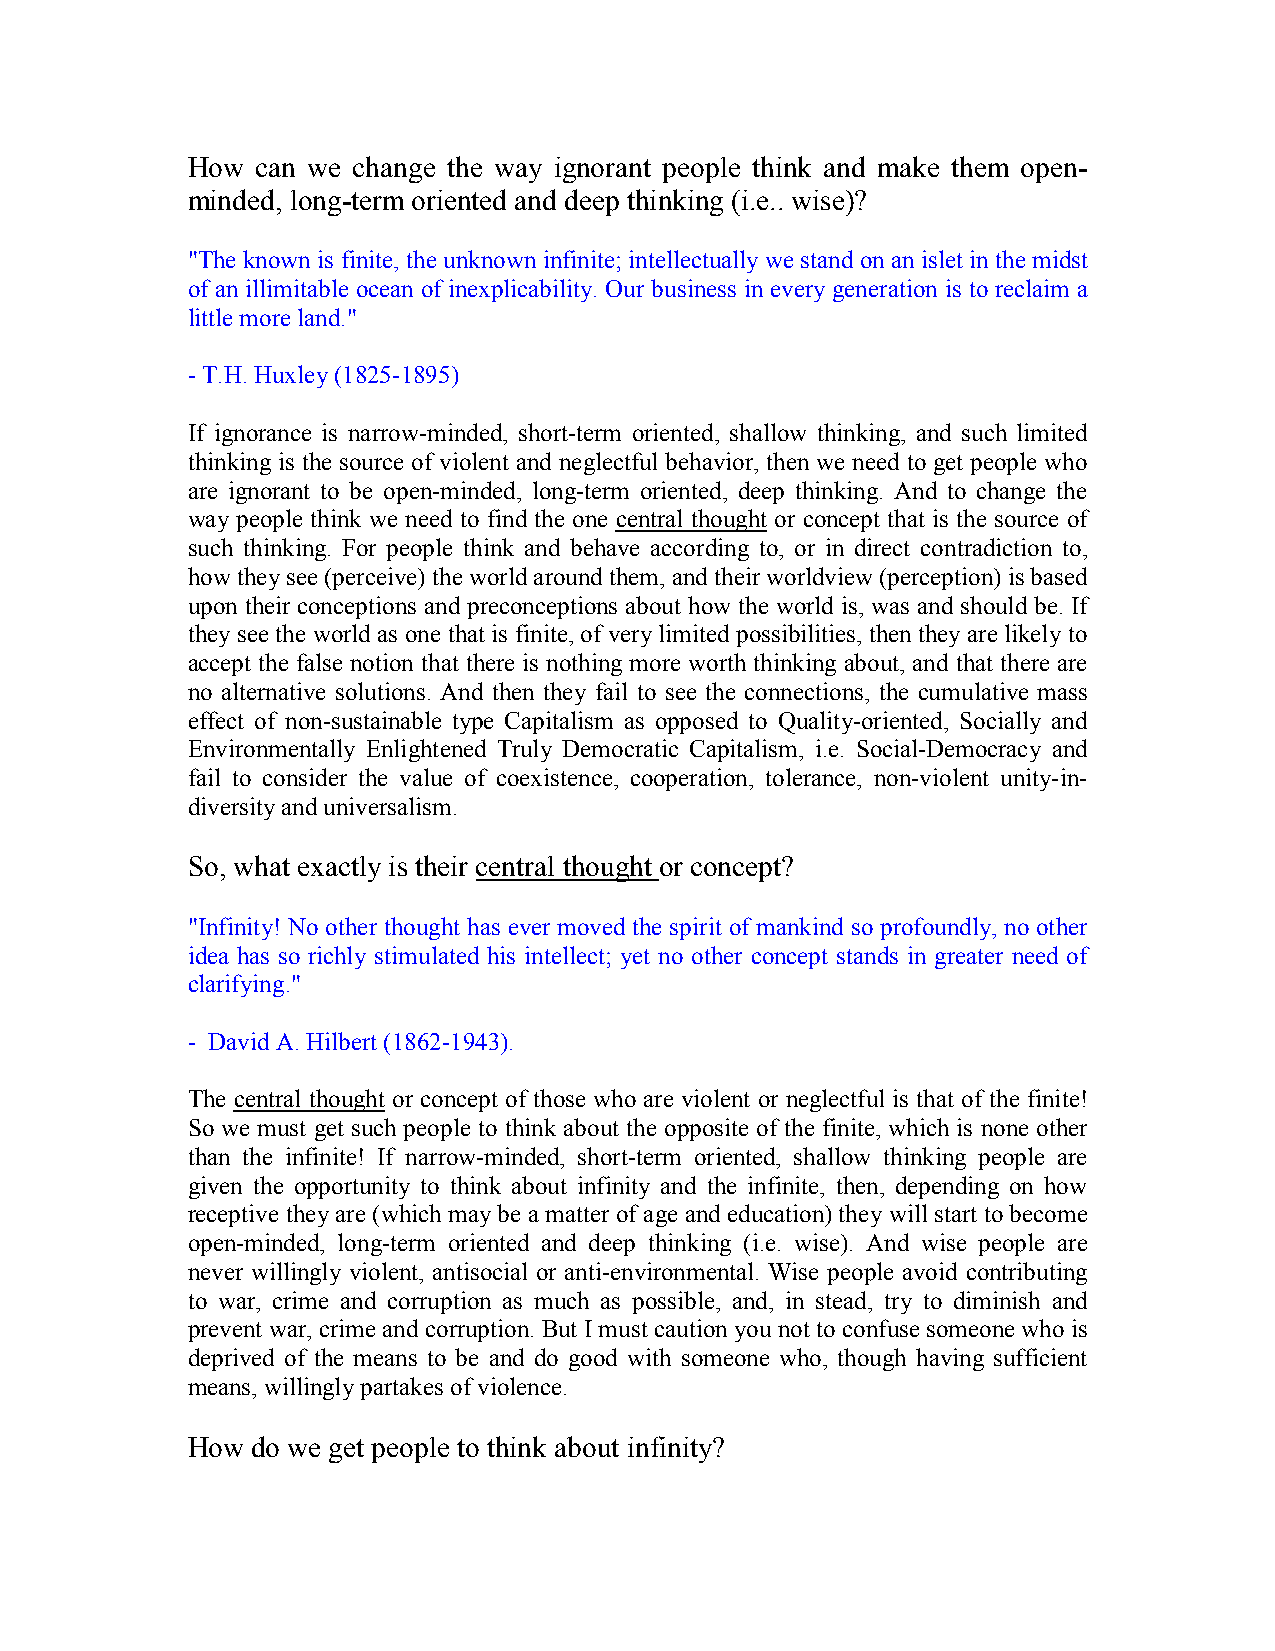
How  can we change the way ignorant people think and make them open-
 minded, long-term oriented and deep thinking (i.e.. wise)?
 "The known is finite, the unknown infinite; intellectually we stand on an islet in the midst
 of an illimitable ocean of inexplicability. Our business in every generation is to reclaim a
 little more land."
 - T.H. Huxley (1825-1895)
 If ignorance is narrow-minded, short-term oriented, shallow thinking, and such limited
 thinking is the source of violent and neglectful behavior, then we need to get people who
 are ignorant to be open-minded, long-term oriented, deep thinking. And to change the
 way people think we need to find the one central thought or concept that is the source of
 such thinking. For people think and behave according to, or in direct contradiction to,
 how they see (perceive) the world around them, and their worldview (perception) is based
 upon their conceptions and preconceptions about how the world is, was and should be. If
 they see the world as one that is finite, of very limited possibilities, then they are likely to
 accept the false notion that there is nothing more worth thinking about, and that there are
 no alternative solutions. And then they fail to see the connections, the cumulative mass
 effect of non-sustainable type Capitalism as opposed to Quality-oriented, Socially and
 Environmentally Enlightened Truly Democratic Capitalism, i.e. Social-Democracy and
 fail to consider the value of coexistence, cooperation, tolerance, non-violent unity-in-
 diversity and universalism.
 So, what exactly is their central thought or concept?
 "Infinity! No other thought has ever moved the spirit of mankind so profoundly, no other
 idea has so richly stimulated his intellect; yet no other concept stands in greater need of
 clarifying."
 - David A. Hilbert (1862-1943).
 The central thought or concept of those who are violent or neglectful is that of the finite!
 So we must get such people to think about the opposite of the finite, which is none other
 than the infinite! If narrow-minded, short-term oriented, shallow thinking people are
 given the opportunity to think about infinity and the infinite, then, depending on how
 receptive they are (which may be a matter of age and education) they will start to become
 open-minded, long-term oriented and deep thinking (i.e. wise). And wise people are
 never willingly violent, antisocial or anti-environmental. Wise people avoid contributing
 to war, crime and corruption as much as possible, and, in stead, try to diminish and
 prevent war, crime and corruption. But I must caution you not to confuse someone who is
 deprived of the means to be and do good with someone who, though having sufficient
 means, willingly partakes of violence.
 How  do we get people to think about infinity?